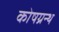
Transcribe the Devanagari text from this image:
कोषग्रन्थ